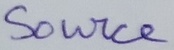
Text: Source